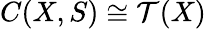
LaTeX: C(X,S)\cong{\mathcal{T}}(X)